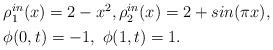
LaTeX: \begin{align*}\begin{aligned} & \rho_1^{in}(x)=2-x^2, \rho_2^{in}(x)=2+sin(\pi x), \\& \phi(0,t)=-1, \ \phi(1,t)=1.\end{aligned}\end{align*}